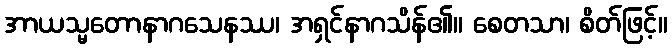
အာယသ္မတောနာဂသေနဿ၊ အရှင်နာဂသိန်၏။ စေတသာ၊ စိတ်ဖြင့်။